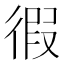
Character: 徦